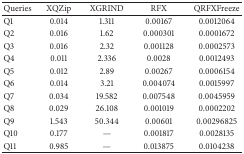
| Queries | XQZip | XGRIND | RFX | QRFXFreeze |
 | --- | --- | --- | --- | --- |
 | Q1 | 0.014 | 1.311 | 0.00167 | 0.0012064 |
 | Q2 | 0.016 | 1.62 | 0.000301 | 0.0001672 |
 | Q3 | 0.016 | 2.32 | 0.001128 | 0.0002573 |
 | Q4 | 0.011 | 2.336 | 0.0028 | 0.0012493 |
 | Q5 | 0.012 | 2.89 | 0.00267 | 0.0006154 |
 | Q6 | 0.014 | 3.21 | 0.004074 | 0.0015997 |
 | Q7 | 0.034 | 19.582 | 0.007548 | 0.0045959 |
 | Q8 | 0.029 | 26.108 | 0.001019 | 0.0002202 |
 | Q9 | 1.543 | 50.344 | 0.00601 | 0.00296825 |
 | Q10 | 0.177 | — | 0.001817 | 0.0028135 |
 | Q11 | 0.985 | — | 0.013875 | 0.0104238 |